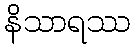
နိသာရဿ